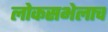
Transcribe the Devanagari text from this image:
लोकसभेलाच